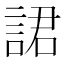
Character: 𧨡